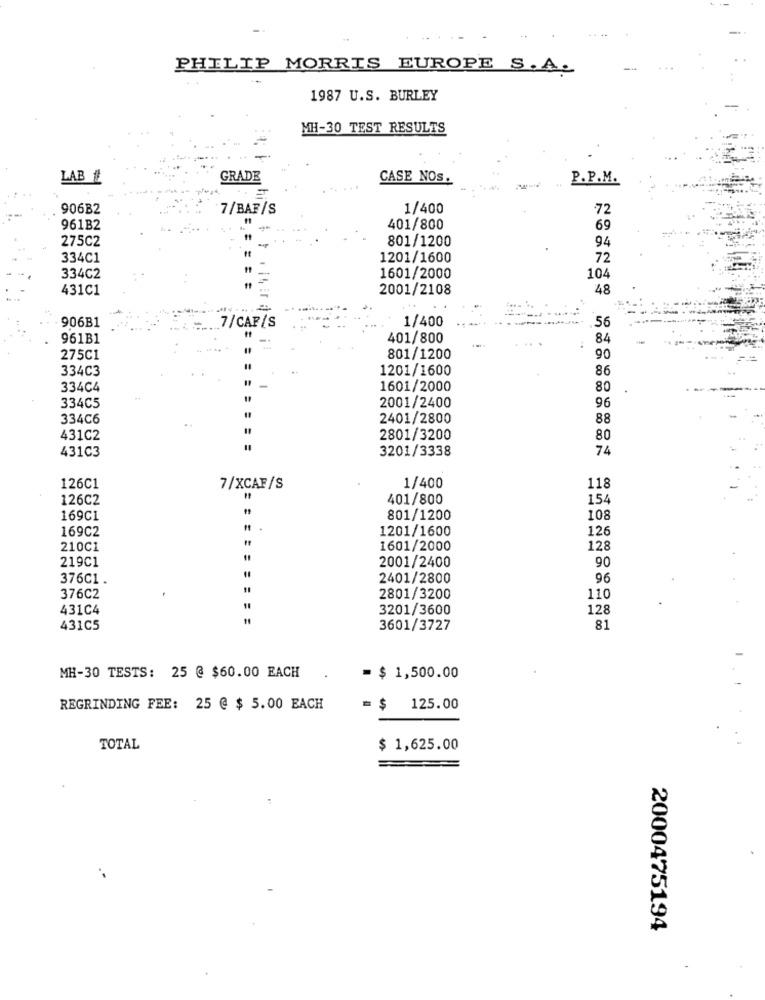
PHILIP MORRIS EUROPE S.A.
1987 U.S. BURLEY
MH-30 TEST RESULTS
LAB #
GRADE
CASE NOs.
P.P.M.
906B2
7/BAF/S
1/400
72
961B2
=
401/800
69
275C2
801/1200
94
334C1
1201/1600
72
104
334C2
1601/2000
431C1
2001/2108
48
906B1
1/400
56
7/CAF/S
961B1
=
..
401/800
84
275C1
801/1200
90
334C3
1201/1600
86
334C4
1601/2000
80
2001/2400
334C5
96
334C6
2401/2800
88
431C2
2801/3200
80
431C3
3201/3338
74
126C1
7/XCAF/S
1/400
118
126C2
401/800
154
169C1
801/1200
108
169C2
1201/1600
126
210C1
1601/2000
128
219C1
90
2001/2400
376C1.
2401/2800
96
376C2
2801/3200
110
431C4
3201/3600
128
11
431C5
3601/3727
81
MH-30 TESTS: 25 @ $60.00 EACH
= $ 1,500.00
REGRINDING FEE: 25 @ $ 5.00 EACH
= $ 125.00
TOTAL
$ 1,625.00
2000475194